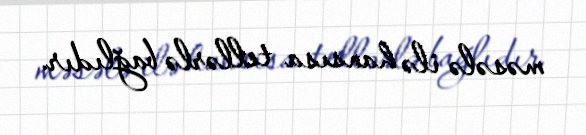
məsələ ilə hansısa tellərlə bağlıdır.